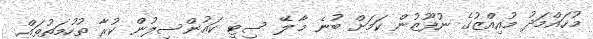
މުހައްމަދު މުއިއްޒުގެ ނުފޫޒުން ކަމަށް ބުނެ މާލޭ ސިޓީ ކައުންސިލުން ކުރާ ތުހުމަތުތައް